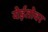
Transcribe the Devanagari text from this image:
येईतोवर